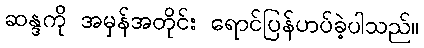
ဆန္ဒကို အမှန်အတိုင်း ရောင်ပြန်ဟပ်ခဲ့ပါသည်။